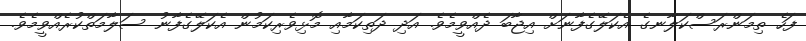
ފަހެ ތިމަންރަސްކަލާނގެ އެކަލޭގެފާނަށް އިޖާބަ ދެއްވީމެވެ. އަދި ދަތިކަމާއި މޮޅިވެރިކަމުން އެކަލޭގެފާނު ސަލާމަތްކުރެއްވީމެވެ.